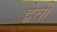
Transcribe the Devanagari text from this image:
द्वेती